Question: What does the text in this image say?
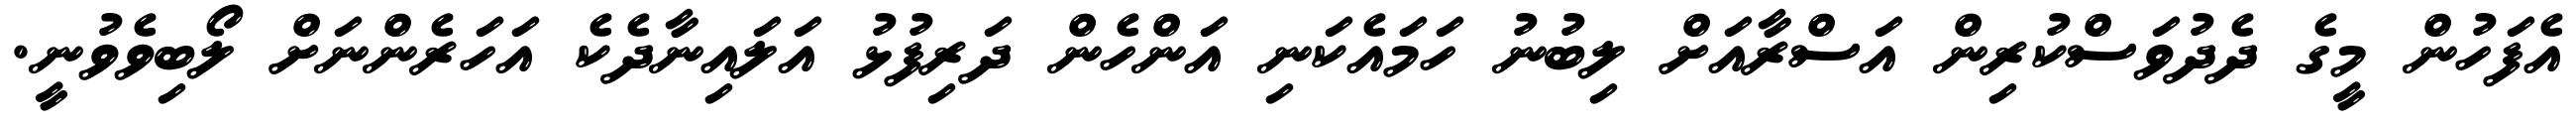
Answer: އެފަހުން މީގެ ދެދުވަސްކުރިން އަސްރާއަށް ލިބުނު ހަމައެކަނި އަންހެން ދަރިފުޅު އަލައިނާދެކެ އަހަރެންނަށް ލޯބިވެވުނީ.